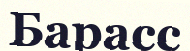
Барасс